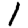
Digit: 1